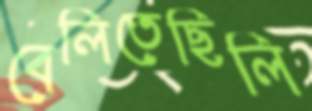
বেলিতেছিলি